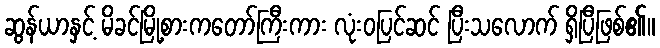
ဆွန်ယာနှင့် မိခင်မြို့စားကတော်ကြီးကား လုံးဝပြင်ဆင် ပြီးသလောက် ရှိပြီဖြစ်၏။